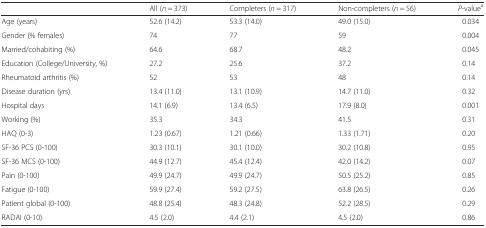
<table><thead><tr><td></td><td><b>All (<i>n</i> = 373)</b></td><td><b>Completers (<i>n</i> = 317)</b></td><td><b>Non-completers (<i>n</i> = 56)</b></td><td><b><i>P</i>-value<sup>a</sup></b></td></tr></thead><tbody><tr><td>Age (years)</td><td>52.6 (14.2)</td><td>53.3 (14.0)</td><td>49.0 (15.0)</td><td>0.034</td></tr><tr><td>Gender (% females)</td><td>74</td><td>77</td><td>59</td><td>0.004</td></tr><tr><td>Married/cohabiting (%)</td><td>64.6</td><td>68.7</td><td>48.2</td><td>0.045</td></tr><tr><td>Education (College/University, %)</td><td>27.2</td><td>25.6</td><td>37.2</td><td>0.14</td></tr><tr><td>Rheumatoid arthritis (%)</td><td>52</td><td>53</td><td>48</td><td>0.14</td></tr><tr><td>Disease duration (yrs)</td><td>13.4 (11.0)</td><td>13.1 (10.9)</td><td>14.7 (11.0)</td><td>0.32</td></tr><tr><td>Hospital days</td><td>14.1 (6.9)</td><td>13.4 (6.5)</td><td>17.9 (8.0)</td><td>0.001</td></tr><tr><td>Working (%)</td><td>35.3</td><td>34.3</td><td>41.5</td><td>0.31</td></tr><tr><td>HAQ (0-3)</td><td>1.23 (0.67)</td><td>1.21 (0.66)</td><td>1.33 (1.71)</td><td>0.20</td></tr><tr><td>SF-36 PCS (0-100)</td><td>30.3 (10.1)</td><td>30.1 (10.0)</td><td>30.2 (10.8)</td><td>0.95</td></tr><tr><td>SF-36 MCS (0-100)</td><td>44.9 (12.7)</td><td>45.4 (12.4)</td><td>42.0 (14.2)</td><td>0.07</td></tr><tr><td>Pain (0-100)</td><td>49.9 (24.7)</td><td>49.9 (24.7)</td><td>50.5 (25.2)</td><td>0.85</td></tr><tr><td>Fatigue (0-100)</td><td>59.9 (27.4)</td><td>59.2 (27.5)</td><td>63.8 (26.5)</td><td>0.26</td></tr><tr><td>Patient global (0-100)</td><td>48.8 (25.4)</td><td>48.3 (24.8)</td><td>52.2 (28.5)</td><td>0.29</td></tr><tr><td>RADAI (0-10)</td><td>4.5 (2.0)</td><td>4.4 (2.1)</td><td>4.5 (2.0)</td><td>0.86</td></tr></tbody></table>